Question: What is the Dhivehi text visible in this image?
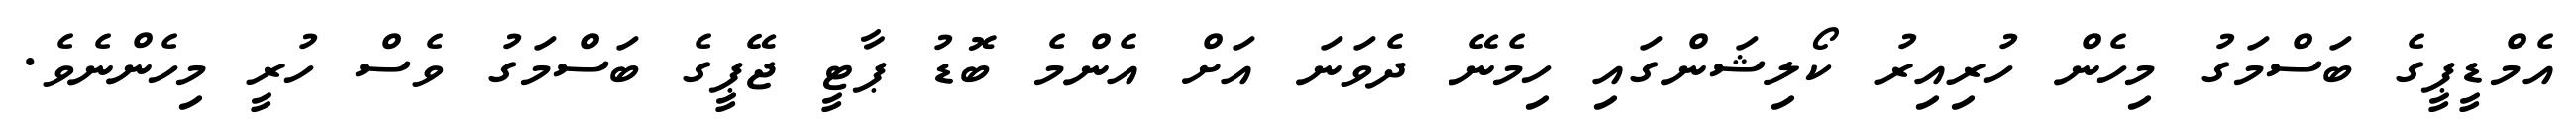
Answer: އެމްޑީޕީގެ ބަސްމަގު މިހެން ހުރިއިރު ކޯލިޝަންގައި ހިމެނޭ ދެވަނަ އަށް އެންމެ ބޮޑު ޕާޓީ ޖޭޕީގެ ބަސްމަގު ވެސް ހުރީ މިހެންނެވެ.